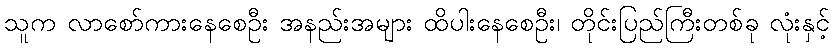
သူက လာစော်ကားနေစေဦး အနည်းအများ ထိပါးနေစေဦး၊ တိုင်းပြည်ကြီးတစ်ခု လုံးနှင့်